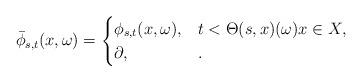
LaTeX: \begin{align*} \bar{\phi}_{s,t}(x,\omega) = \begin{cases} \phi_{s,t}(x,\omega), & t<\Theta(s,x)(\omega) x \in X, \\ \partial, & . \end{cases} \end{align*}